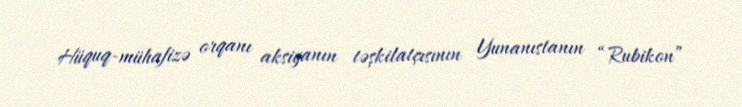
Hüquq-mühafizə orqanı aksiyanın təşkilatçısının Yunanıstanın “Rubikon”